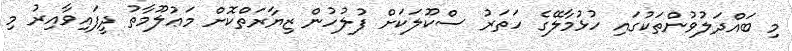
މި ބައްދަލުވުންތަކުގައި ހުޅުމާލޭގެ ހަތަރު ސްކޫލަކަށް ފުލުހުން ޒިޔާރަތްކޮށް މަޢުލޫމާތު ދީފައިވާއިރު މި